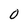
Character: O